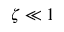
\zeta \ll 1